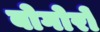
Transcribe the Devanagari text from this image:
बोगोरो